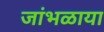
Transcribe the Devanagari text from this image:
जांभळाया